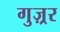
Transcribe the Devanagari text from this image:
गुज़्रर